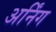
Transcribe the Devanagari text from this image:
अर्निंग